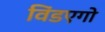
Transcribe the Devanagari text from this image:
विंडएगो